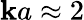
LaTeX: \mathbf{k}a\approx2